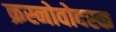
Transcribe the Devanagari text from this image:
क्रस्नोवोदस्क